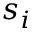
s _ { i }